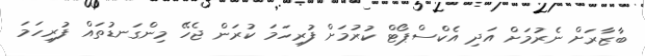
ބާޒާރަށް ނެރުމަށް އަދި އެކްސްޕޯޓް ކުރުމަށް ފުރިހަމަ ކުރަން ޖެހޭ މިންގަނޑުތައް ފުރިހަމަ